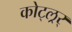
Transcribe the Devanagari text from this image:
कोट्ल्रर्